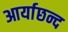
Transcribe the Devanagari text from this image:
आर्याछन्द